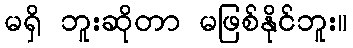
မရှိ ဘူးဆိုတာ မဖြစ်နိုင်ဘူး။